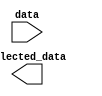
module part_select_assignment #(parameter N = 16, // Size of the input data vector
                                parameter M = 7,  // Starting bit position for selection
                                parameter P = 8,  // Size of the output selected data
                                parameter N = 0)  // Ending bit position for selection
(
    input  [N-1:0] data,            // Input signal
    output [P-1:0] selected_data     // Output signal for selected bits
);

// Continuous assignment of selected bits from data to selected_data
assign selected_data = data[M:N];

endmodule